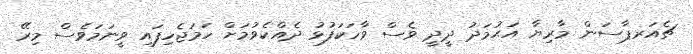
ޗެއަރޕާސަން މާރިޔާ އަޙުމަދު ދީދީ ވެސް ވާހަކަފުޅު ދެއްކެވުމަށް ހަމަޖެހިފައި ވީނަމަވެސް މިރޭ